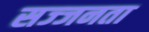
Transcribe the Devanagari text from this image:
सज्‍जनता